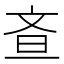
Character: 𭤘